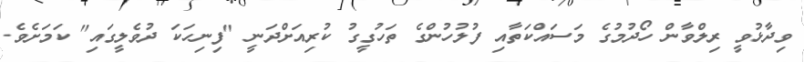
ވިދާޅުވީ ރިލްވާން ހޯދުމުގެ މަސައްކަތާއި ފުލުހުންގެ ތަހުގީގު ކުރިއަށްދަނީ "ފިނިހަކަ ދުވެލީގައި" ކަމަށެވެ.